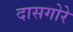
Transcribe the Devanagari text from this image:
दासगोरे